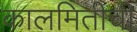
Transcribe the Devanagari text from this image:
कालमितीची